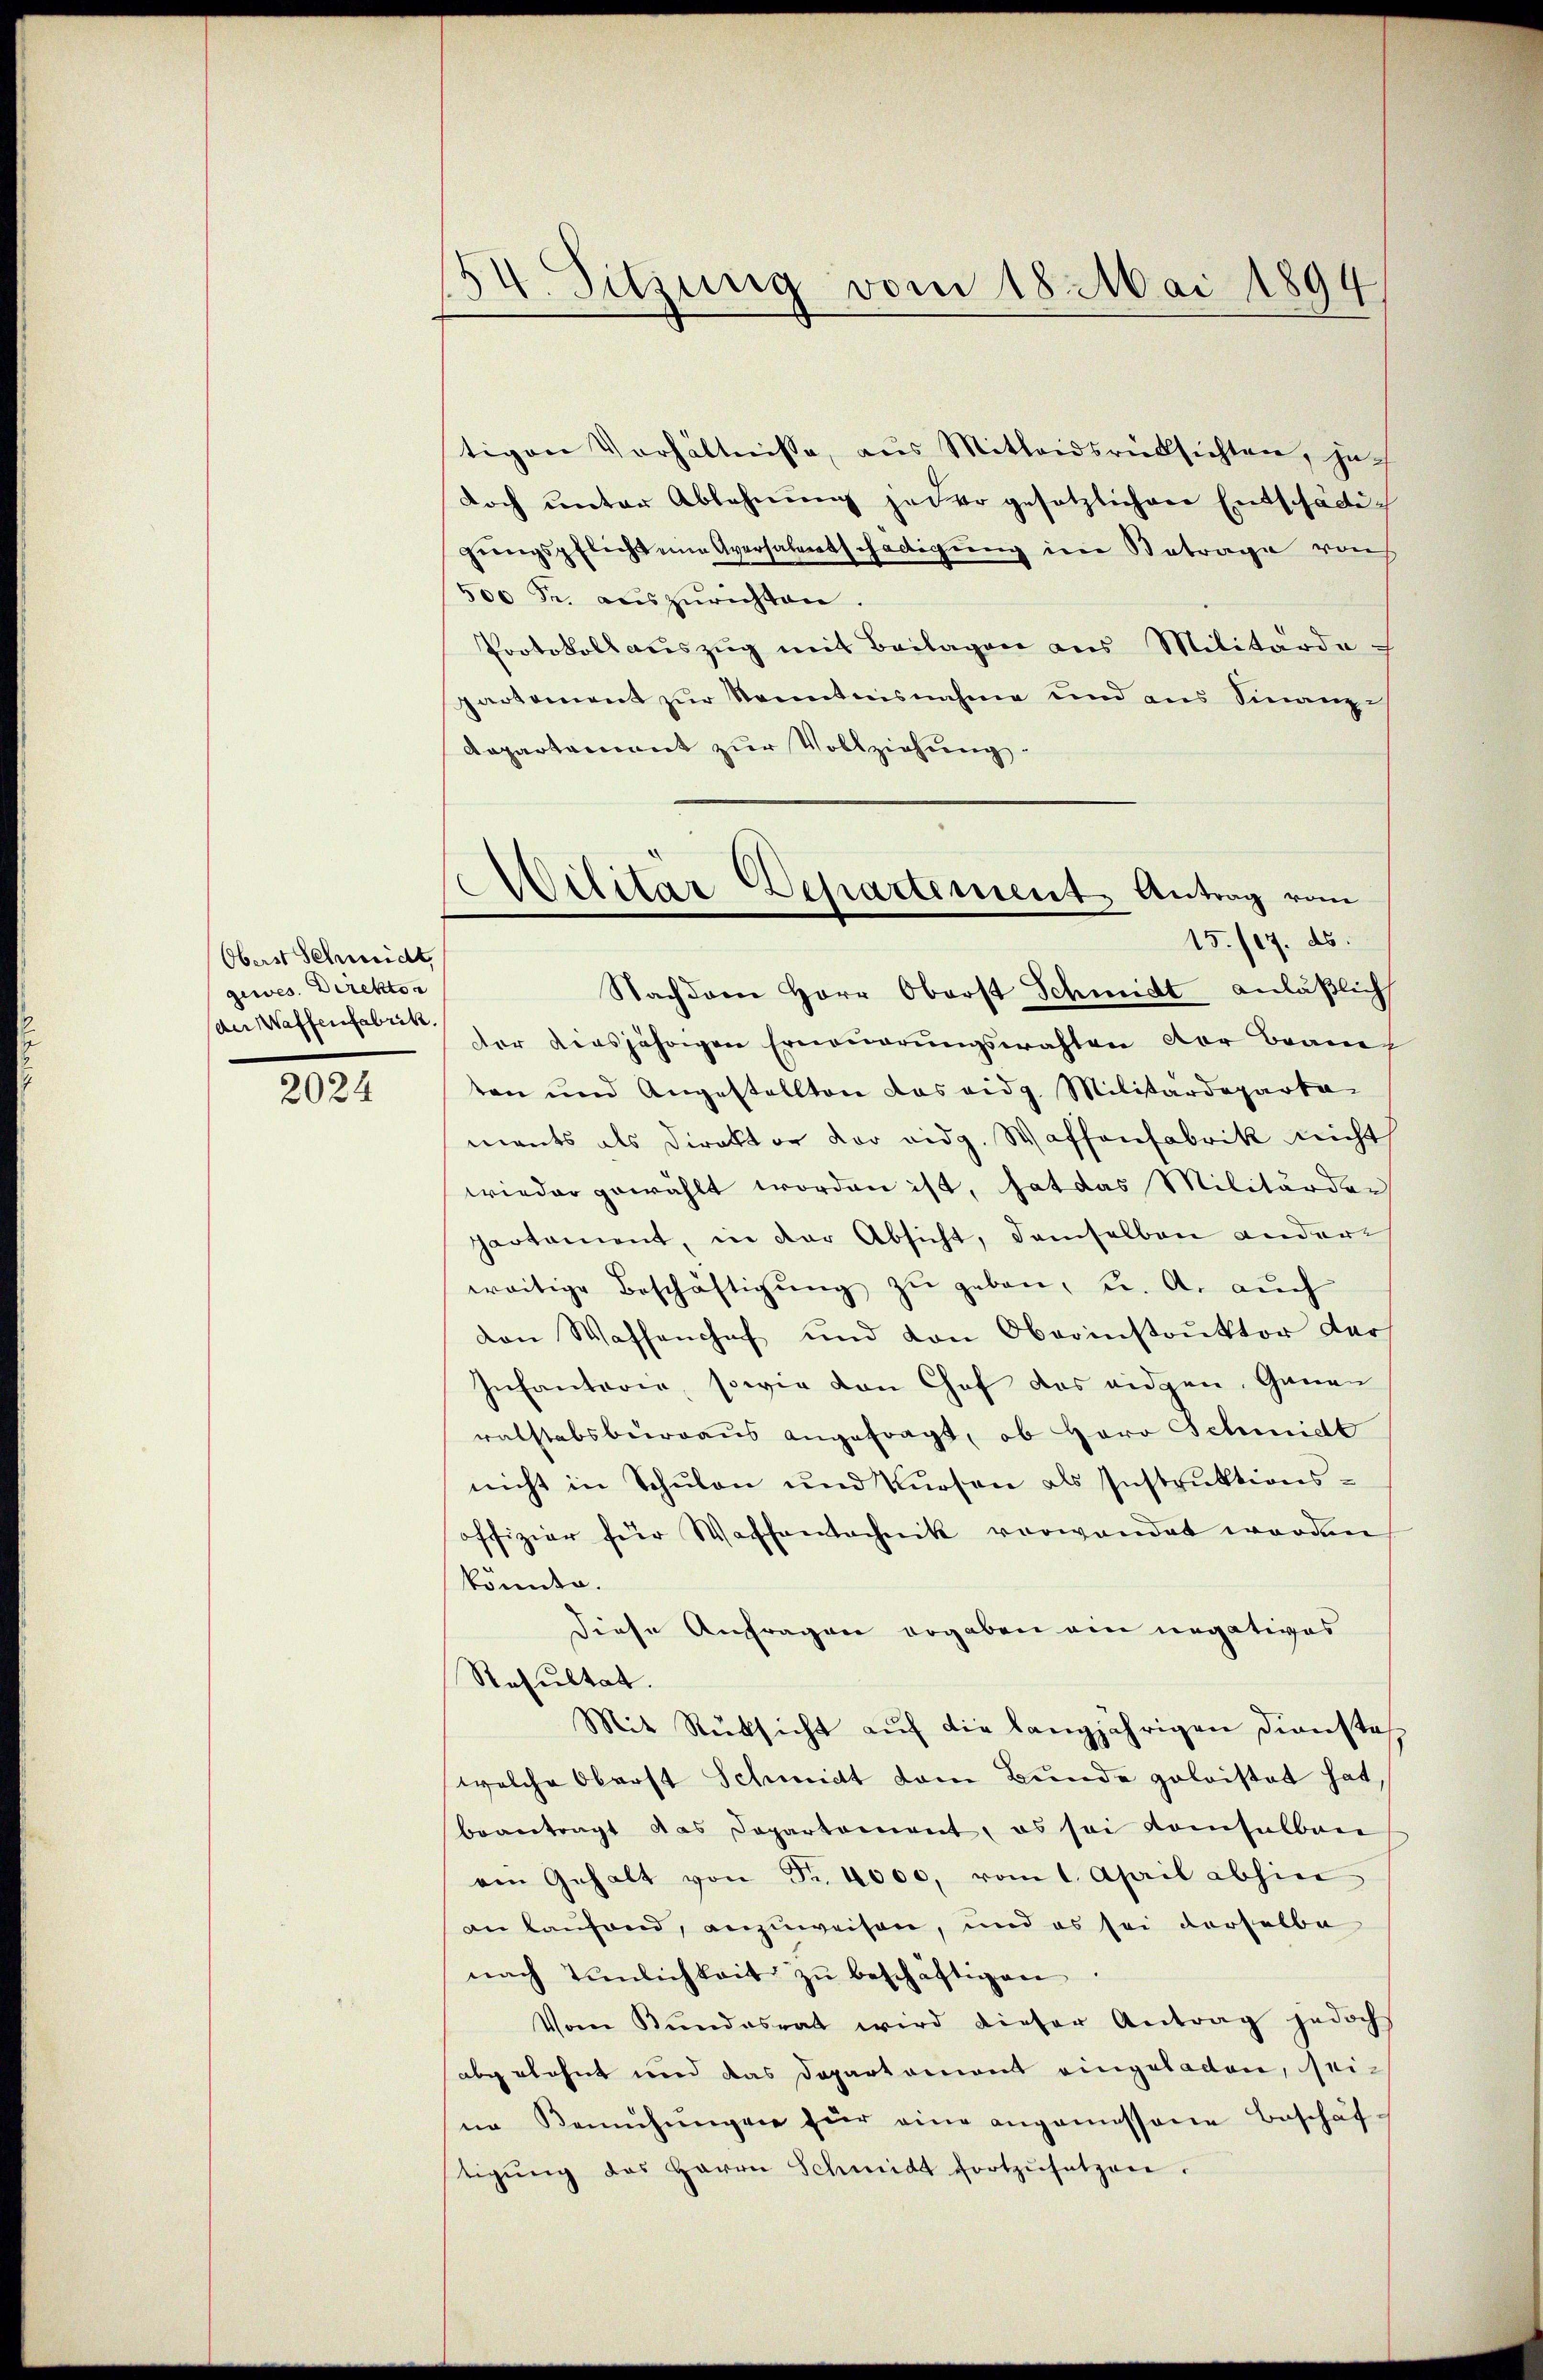
Oberst Schmidt,
gewes. Direkton
der Waffenfabrik.

2024

54. Sitzung vom 18. Mai 1894

tigen Verhältnisse, aus Mitleidsrüksichten, jach
doch ŭnter Ablehnŭng jeder gesetzlichen Entschädig
gŭngspflicht eine Aversalentschädigung im Betrage von
500 Fr. auszurichten.
Protokoll auszug mit Beilagen aus Militärde
partement zŭr Kenntnisnahme und ans Finanze
Dapartement zur Vollziehung.
Nachdem Herr Oberst Schmidt anläßlich
der diesjährigen Erneuerungswahlen der Brane
ten und Angestellten das eidg. Militärdeparta
mants als Direktor der eidg. Waffenfabrik nicht
wieder gewählt worden ist, hat das Militärder
partament, in der Absicht, demselben andere
weitige Beschäftigŭng zŭ geben, u. A. auch
von Waffenhof und von Oberinstrŭktor der
Infantoria, sowie von Chef das eidgen. Ganen
ratstabsburraus angefragt, ob Herr Schmidt
nicht in Schŭlen und Kursen als Instruktions-
offizier für Waffentechnik vorwandet worden
könnte.
Diese Anfragen ergeben ein negatives
Resultat.
Mit Rücksicht auf die langjährigen Dienste
welche Oberst Schmitt dem Bunde poloistet hat,
beantragt das Departement, es sei komsalbare
ein Gehalt von Fr. 4000, vom 1. April abhin
an Laufend, anzuweisen, und es sei derselbe
nach Tinlichkeit zŭ beschäftigen.
Vom Kŭndesrat wird dieser Antrag jedoch
abgelehnt und das Departament eingeladen, seine Bemühŭngen für eine angemessene Beschäf-
tigŭng des Herrn Schmidt fortzŭsetzen.

Wilitär-Departement, Antrag vom
15./17. ds.